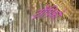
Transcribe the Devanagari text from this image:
ट्रोपिको